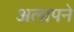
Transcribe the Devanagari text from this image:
अलापने